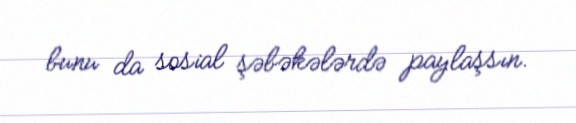
bunu da sosial şəbəkələrdə paylaşsın.